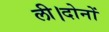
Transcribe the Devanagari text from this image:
ली।दोनों